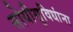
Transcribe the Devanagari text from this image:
सोयीसुविधांना